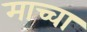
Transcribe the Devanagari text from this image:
माच्चा